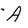
Character: A